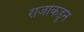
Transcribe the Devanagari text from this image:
राजांकडून